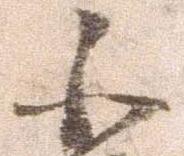
小